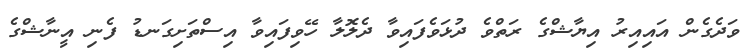
ވަދެގެން އައިއިރު އިޔާޝްގެ ރަތްވެ ދުޅަވެފައިވާ ދެލޮލާ ހޭވިފައިވާ އިސްތަށިގަނޑު ފެނި އީނާޝްގެ